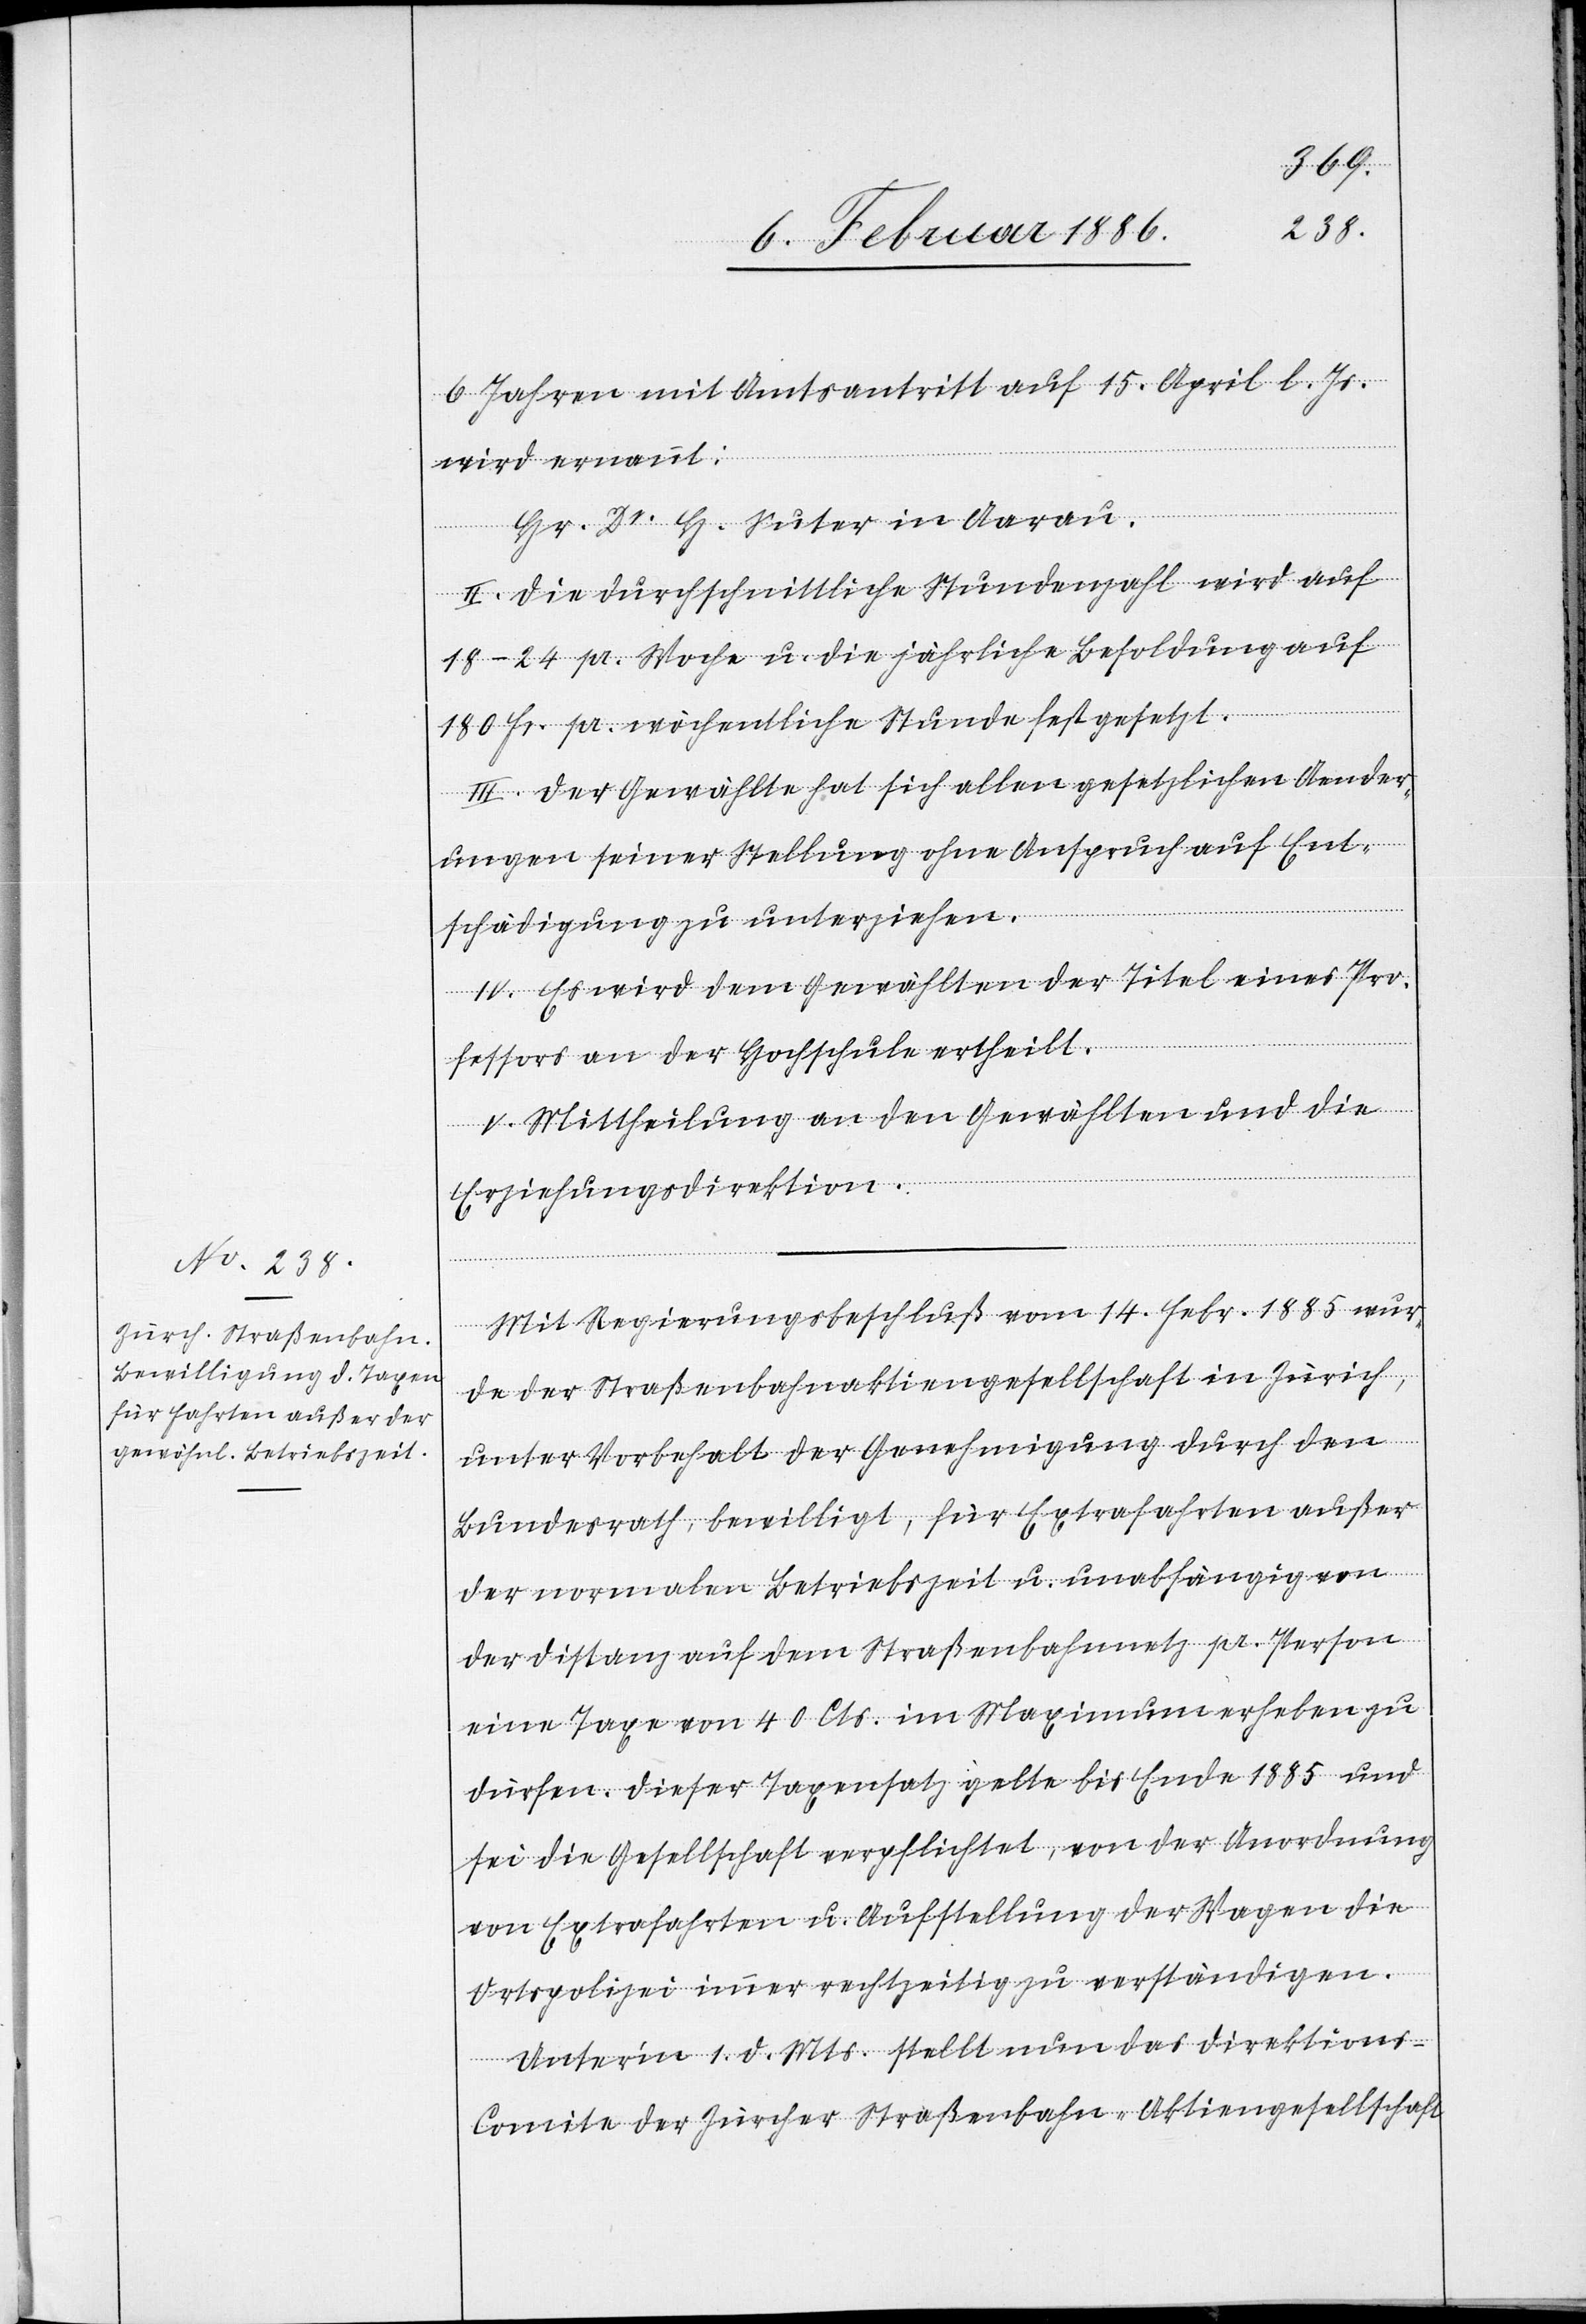
6 Jahren mit Amtsantritt auf 15. April l. Js.
wird ernannt:
Hr. Dr. H. Suter in Aarau.
II. Die durchschnittliche Stundenanzahl wird auf
18–24 pr. Woche u. die jährliche Besoldung auf
180 Fr. pr. wöchentliche Stunde festgesetzt.
III. Der Gewählte hat sich allen gesetzlichen Aender¬
ungen seiner Stellung ohne Anspruch auf Ent¬
schädigung zu unterziehen.
IV. Es wird dem Gewählten der Titel eines Pro¬
fessors an der Hochschule ertheilt.
V. Mittheilung an den Gewählten und die
Erziehungsdirektion.
Mit Regierungsbeschluß vom 14. Febr. 1885 wur¬
de der Straßenbahnaktiengesellschaft in Zürich,
unter Vorbehalt der Genehmigung durch den
Bundesrath, bewilligt, für Extrafahrten außer
der normalen Betriebszeit u. unabhängig von
der Distanz auf dem Straßenbahnnetz pr. Person
eine Taxe von 40 Cts. im Maximum erheben zu
dürfen. Dieser Taxensatz gelte bis Ende 1885 und
sei die Gesellschaft verpflichtet, von der Anordnung
von Extrafahrten u. Aufstellung der Wagen die
Ortspolizei immer rechtzeitig zu verständigen.
Unterm 1. d. Mts. stellt nun das Direktions-C¬
omite der Zürcher Straßenbahn-Aktiengesellschaft